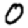
Digit: 0